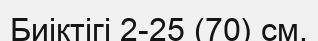
Биіктігі 2-25 (70) см.